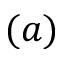
( a )